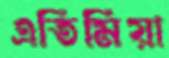
এতিমিয়া